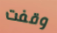
وقفت